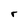
Character: r